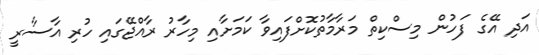
އަދި އޭގެ ފަހުން މިސްކިތް މަރާމާތުކޮށްފައިވާ ކަމަށާއި މިހާރު ރާއްޖޭގައި ހުރި އާސާރީ